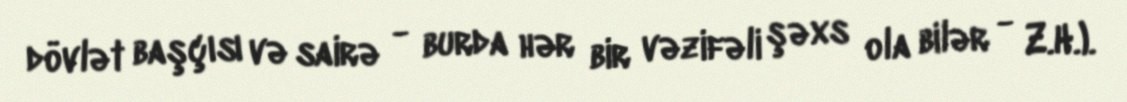
dövlət başçısı və sairə - burda hər bir vəzifəli şəxs ola bilər - Z.H.).